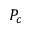
P _ { c }